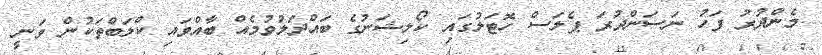
މެންދުރު ފަހު ނަސަންދުރަ ޕެލަސް ހޮޓަލުގައި ކޯލިޝަނުގެ ބައްދަލުވުމެއް ބާއްވައި ކްލަބްތަކުން ވަނީ